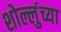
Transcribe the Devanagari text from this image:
शोल्लुंच्या